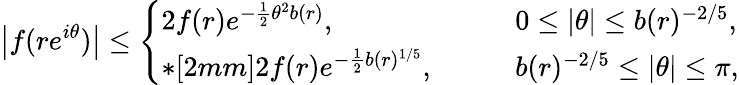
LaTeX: \big|f(re^{i\theta})\big|\leq\left\{ \begin{array}{ll}{2f(r)e^{-\frac{1}{2}\theta^{2}b(r)},}&{\qquad 0\leq|\theta|\leq b(r)^{-2/5},}\\ {*[2mm]2f(r)e^{-\frac{1}{2}b(r)^{1/5}},}&{\qquad b(r)^{-2/5}\leq|\theta|\leq\pi,}\end{array}\right.